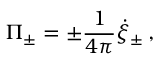
\Pi _ { \pm } = \pm { \frac { 1 } { 4 \pi } } \dot { \xi } _ { \pm } \, ,